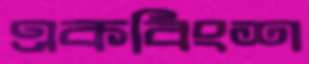
একবিংশ